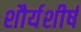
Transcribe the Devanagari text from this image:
शौर्यशीर्ष